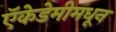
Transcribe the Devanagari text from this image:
ऍकेडेमीमधून